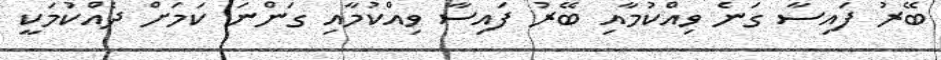
ބޭރު ފައިސާ ގަނެ ވިއްކުމާއި ބޭރު ފައިސާ ވިއްކުމާއި ގަންނަ ކަމަށް ދެއްކުމަކީ